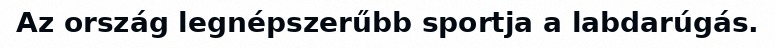
Az ország legnépszerűbb sportja a labdarúgás.